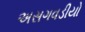
અસગવડીયો